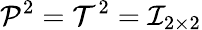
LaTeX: \mathcal{P}^{2}=\mathcal{T}^{2}=\mathcal{I}_{2\times 2}